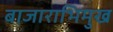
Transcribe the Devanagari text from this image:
बाजाराभिमुख